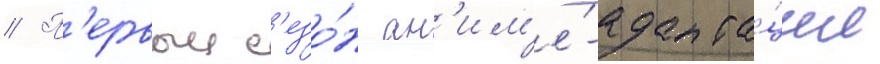
// П'ервыи с'езо́н ан'им'е́-адапта́ции